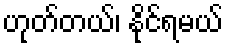
ဟုတ်တယ်၊ နိုင်ရမယ်